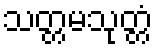
သတ္တမသုတ္တံ